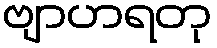
ဗျာဟရတု